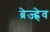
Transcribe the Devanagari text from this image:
ब्रेज्ह्नेव